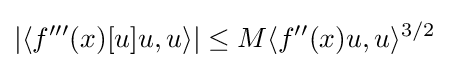
|\langle f'''(x)[u]u,u\rangle |\leq M\langle f''(x)u,u\rangle ^{3/2}